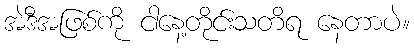
အဲဒီအဖြစ်ကို ငါနေ့တိုင်းသတိရ နေတာပဲ။